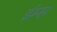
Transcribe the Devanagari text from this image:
ईम्स